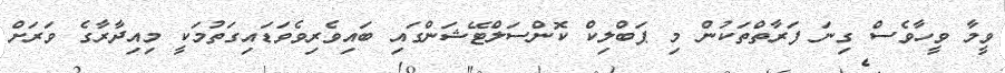
ވީމާ ވީހާވެސް ގިނަ ފަރާތްތަކުން މި ޕަބްލިކް ކޮންސަލްޓޭޝަންގައި ބައިވެރިވެވަޑައިގަތުމަކީ މިއިދާރާގެ ވަރަށް